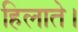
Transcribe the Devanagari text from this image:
हिलाते।